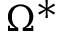
\Omega ^ { * }